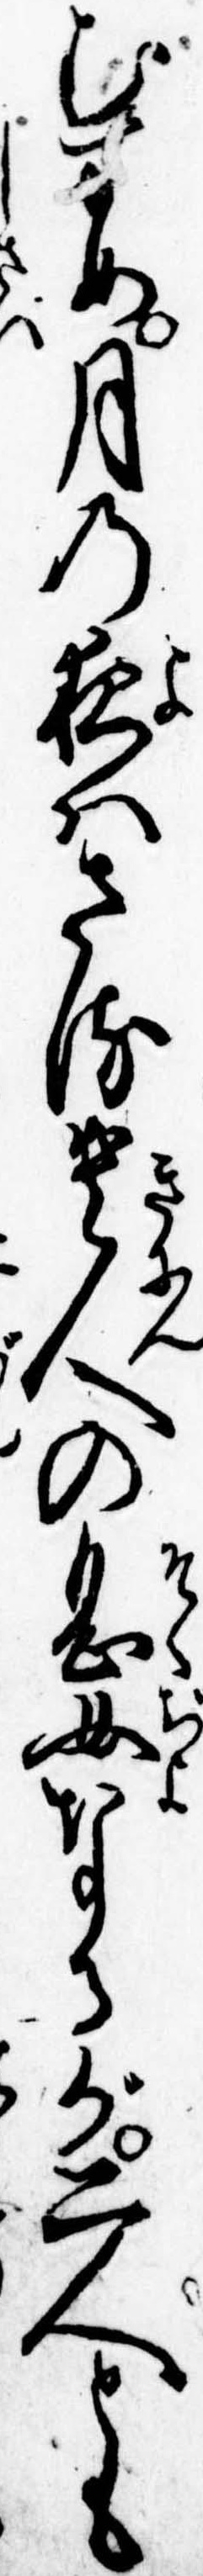
むすめ月の夜はさる貴人の息女なるが二人とも